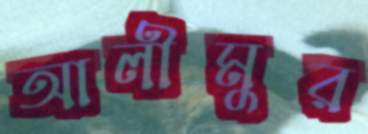
আলীমুর